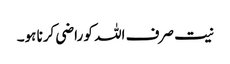
نیت صرف اللہ کو راضی کرنا ہو۔